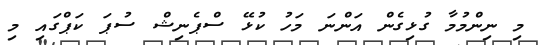
މި ނިންމުމާ ގުޅިގެން އަންނަ މަހު ކުޅޭ ސްޕެނިޝް ސުޕަ ކަޕްގައި މި